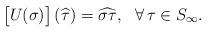
LaTeX: \begin{align*} \bigl[ U( \sigma ) \bigr] \, ( \widehat{\tau} ) = \widehat{ \sigma \tau }, \ \ \forall\, \tau \in S_{\infty}.\end{align*}